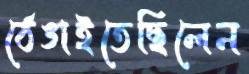
ঠেঙাইতেছিলেন